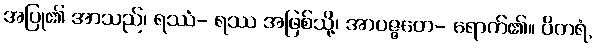
အပြု၏ အာသည်၊ ရဿံ- ရဿ အဖြစ်သို့၊ အာပဇ္ဇတေ- ရောက်၏။ ပိတရံ,